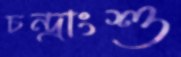
চন্দ্রাংশু